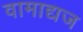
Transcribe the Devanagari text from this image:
वामाद्यज